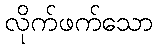
လိုက်ဖက်သော